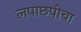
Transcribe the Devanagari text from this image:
लपाछपीचा